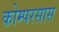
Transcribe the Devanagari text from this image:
कोम्परसास